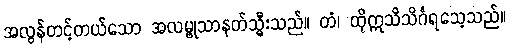
အလွန်တင့်တယ်သော အလမ္ဗုသာနတ်သ္မီးသည်။ တံ၊ ထိုဣသိသိင်္ဂရသေ့သည်။